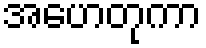
အဟေတုကာ